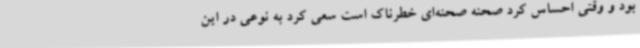
بود و وقتی احساس کرد صحنه صحنه‌ای خطرناک است سعی کرد به نوعی در این